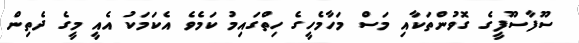
ސޫފާސޫފީގެ ގޮވުންތަކާއި މަސް މަހާމެހީގެ ހިތްގައިމު ކަމެވެ އެކަމަކު އެއީ މީގެ ދެތިން